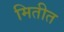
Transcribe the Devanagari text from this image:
मितीत